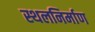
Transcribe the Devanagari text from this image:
स्थलनिर्माण